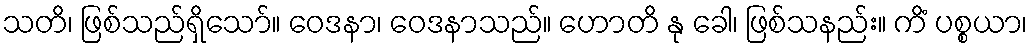
သတိ၊ ဖြစ်သည်ရှိသော်။ ဝေဒနာ၊ ဝေဒနာသည်။ ဟောတိ နု ခေါ၊ ဖြစ်သနည်း။ ကိံ ပစ္စယာ၊